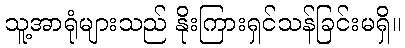
သူ့အာရုံများသည် နိုးကြားရှင်သန်ခြင်းမရှိ။